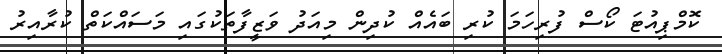
ކޮމްޕިއުޓަ ކޯސް ފުރިހަމަ ކުރި ބައެއް ކުދިން މިއަދު ވަޒީފާތަކުގައި މަސައްކަތް ކުރާއިރު